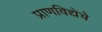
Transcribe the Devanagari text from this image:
प्राणविद्येचे